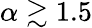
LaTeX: \alpha\gtrsim 1.5